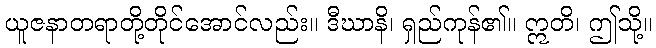
ယူဇနာတရာတို့တိုင်အောင်လည်း။ ဒီဃာနိ၊ ရှည်ကုန်၏။ ဣတိ၊ ဤသို့။